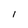
Character: l